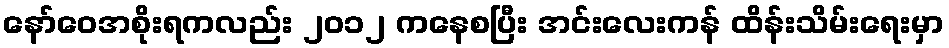
နော်ဝေအစိုးရကလည်း ၂၀၁၂ ကနေစပြီး အင်းလေးကန် ထိန်းသိမ်းရေးမှာ